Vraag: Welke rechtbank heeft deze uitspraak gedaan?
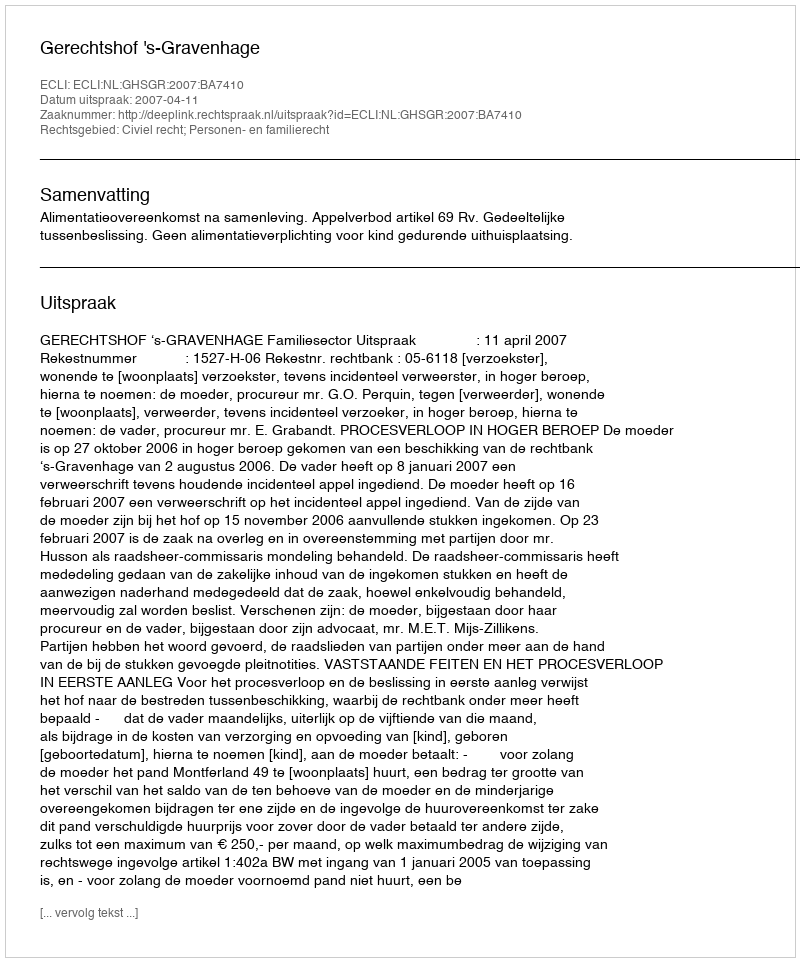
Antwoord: Gerechtshof 's-Gravenhage